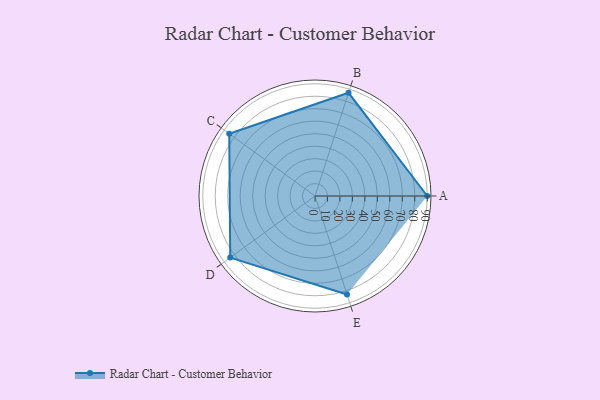
{"axis": {"x": "Skill", "y": "Score"}, "legend": ["Profile"], "data": [{"x": "A", "y": 90.0, "type": "Profile"}, {"x": "B", "y": 87.0, "type": "Profile"}, {"x": "C", "y": 85.0, "type": "Profile"}, {"x": "D", "y": 84.0, "type": "Profile"}, {"x": "E", "y": 83.0, "type": "Profile"}]}